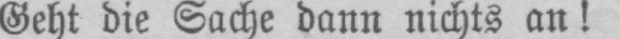
Geht die Sache dann nichts an!